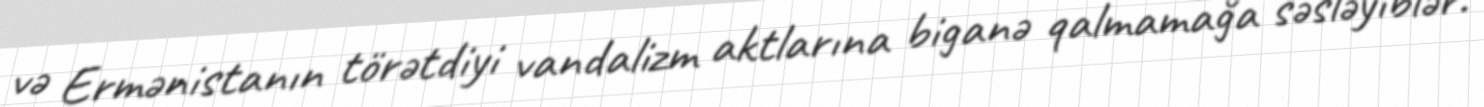
və Ermənistanın törətdiyi vandalizm aktlarına biganə qalmamağa səsləyiblər.